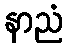
နာညံ